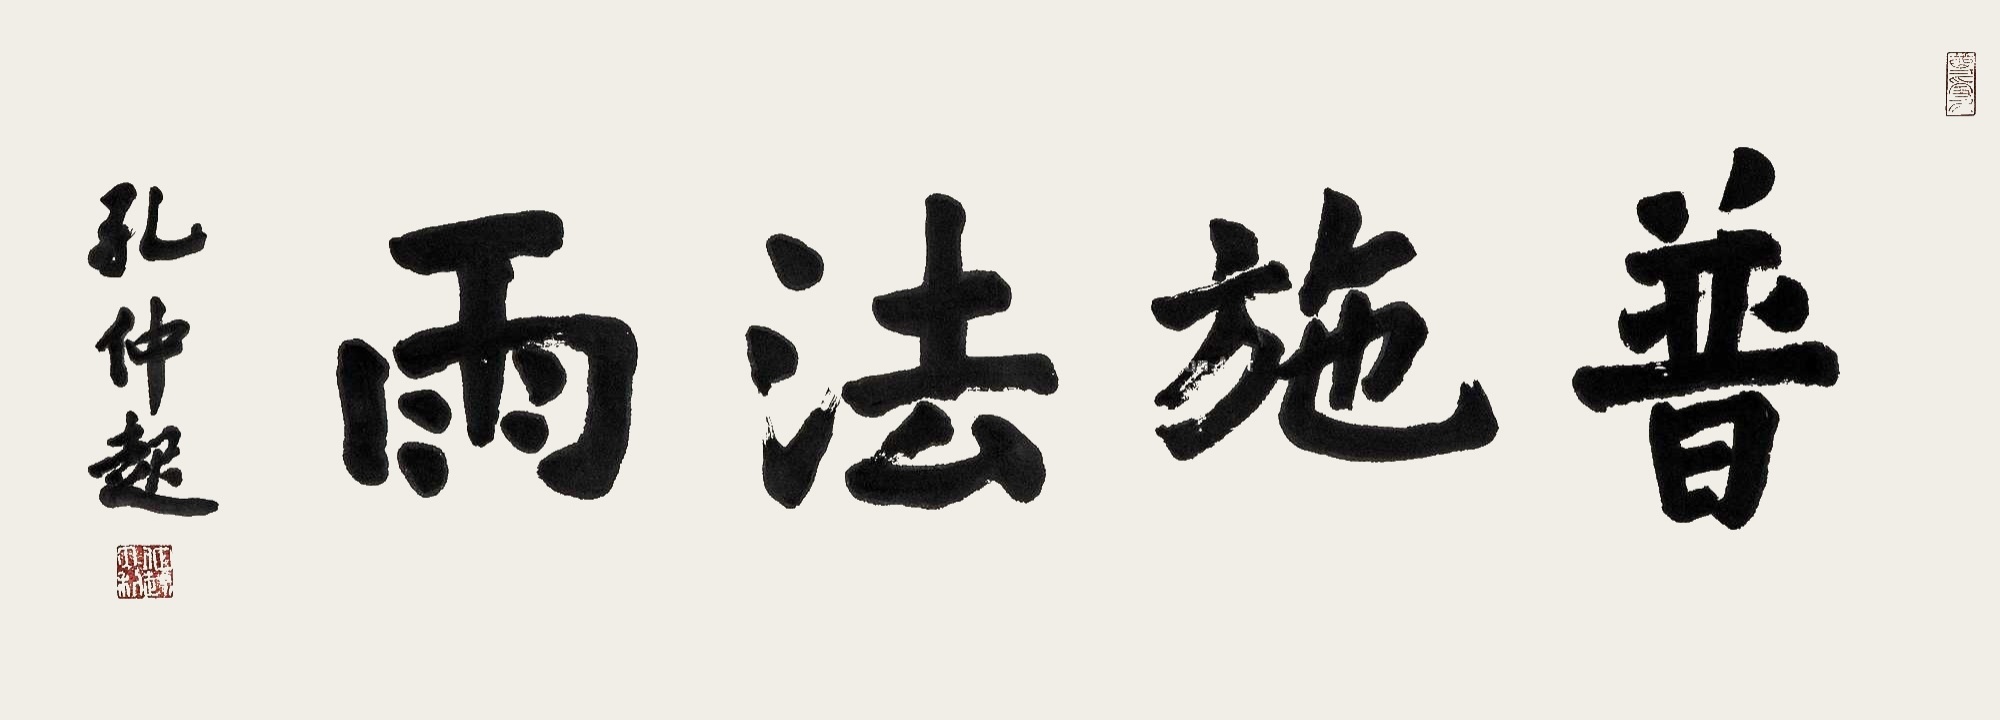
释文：普施法雨。孔仲起。